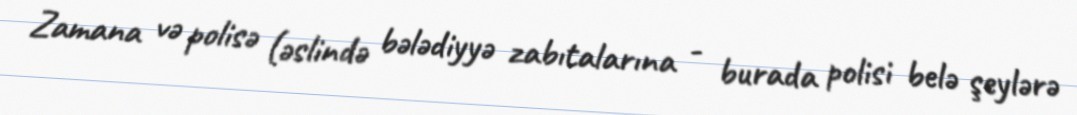
Zamana və polisə (əslində bələdiyyə zabıtalarına - burada polisi belə şeylərə